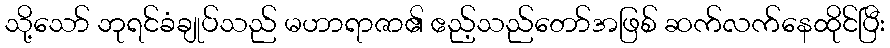
သို့သော် ဘုရင်ခံချုပ်သည် မဟာရာဇာ၏ ဧည့်သည်တော်အဖြစ် ဆက်လက်နေထိုင်ပြီး